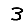
Digit: 3